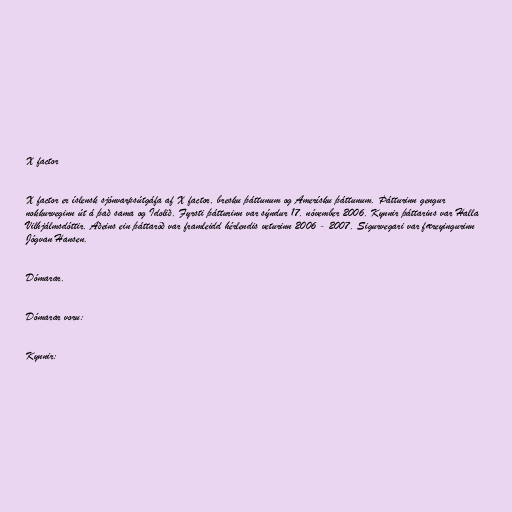
X factor

X factor er íslensk sjónvarpsútgáfa af X factor, bresku þáttunum og Amerísku þáttunum. Þátturinn gengur
nokkurveginn út á það sama og Idolið. Fyrsti þátturinn var sýndur 17. nóvember 2006. Kynnir þáttarins var Halla
Vilhjálmsdóttir. Aðeins ein þáttaröð var framleidd hérlendis veturinn 2006 - 2007. Sigurvegari var færeyingurinn
Jógvan Hansen.

Dómarar.

Dómarar voru:

Kynnir: